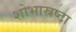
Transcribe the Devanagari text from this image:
शोभास्रष्टा